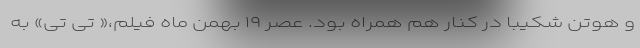
و هوتن شکیبا در کنار هم همراه بود. عصر ۱۹ بهمن ماه فیلم،« تی تی» به